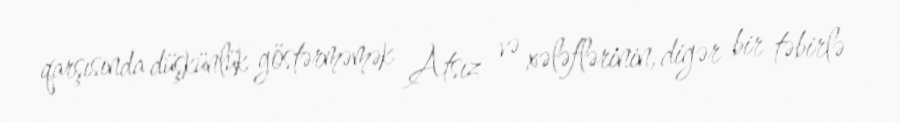
qarşısında düşkünlük göstərməmək Atsız və xələflərinin, digər bir təbirlə